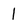
Character: 1